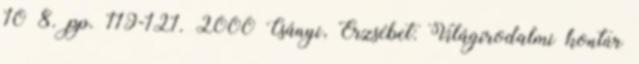
10 8. pp. 119-121. 2000 Csányi, Erzsébet: Világirodalmi kontúr